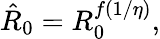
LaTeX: \begin{array}{r}{\hat{R}_{0}=R_{0}^{f(1/\eta)},}\end{array}